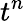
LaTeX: t^{n}